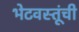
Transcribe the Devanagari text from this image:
भेटवस्तूंची